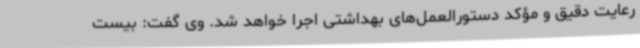
رعایت دقیق و مؤکد دستورالعمل‌های بهداشتی اجرا خواهد شد. وی گفت: بیست‌